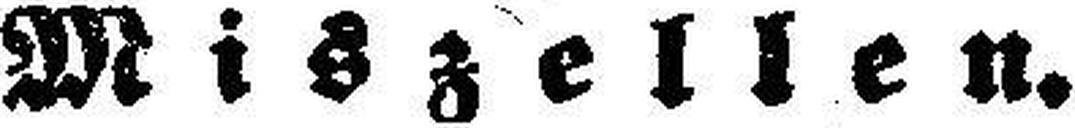
MiszelIen.